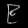
Digit: ၉